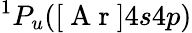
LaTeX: ^1P_{u}([\mathrm{~A~r~}]4s4p)